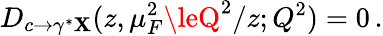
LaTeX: D_{c\rightarrow\gamma^{*}\mathbf{X}}(z,\mu_{F}^{2}\leQ^{2}/z;Q^{2})=0\, .